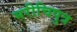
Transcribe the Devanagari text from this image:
मरीचिपुत्र